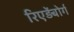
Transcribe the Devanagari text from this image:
रिएड़ेंबोर्ग